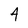
Character: 4